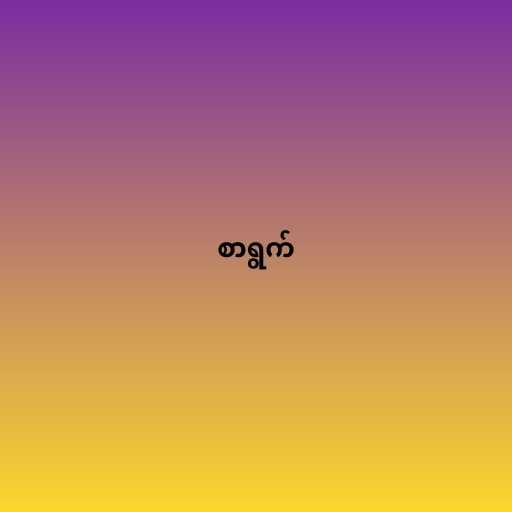
စာရွက်